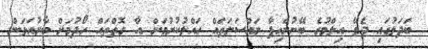
ބަދަލުގައި ދެވޭ އިލްމުގެ ބޭނުންހިފާ މައްސަލަތައް ހައްލުކުރުމަށް އާ ގޮތްތައް ހޯދުމަށް ބާރުއަޅަން